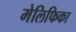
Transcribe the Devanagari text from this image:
मेलिफिका